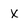
Character: x